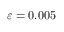
\varepsilon = 0 . 0 0 5